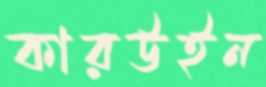
কারউইন